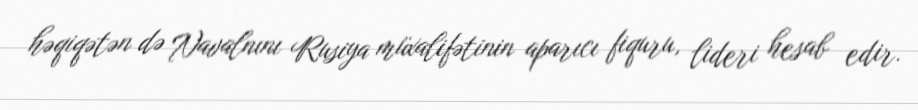
həqiqətən də Navalnını Rusiya müxalifətinin aparıcı fiquru, lideri hesab edir.